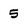
Character: 5